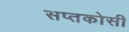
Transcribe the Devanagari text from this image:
सप्तकोसी